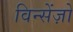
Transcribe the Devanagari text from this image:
विन्सेंज़ो